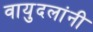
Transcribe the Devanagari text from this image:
वायुदलांनी